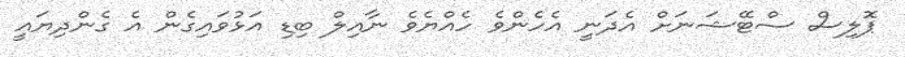
ޕޮލިސް ސްޓޭޝަނަށް އެދަނީ އެހެންވެ ހެއްޔެވެ ނާއިލް ބިޑި އަޅުވައިގެން އެ ގެންދިޔައީ